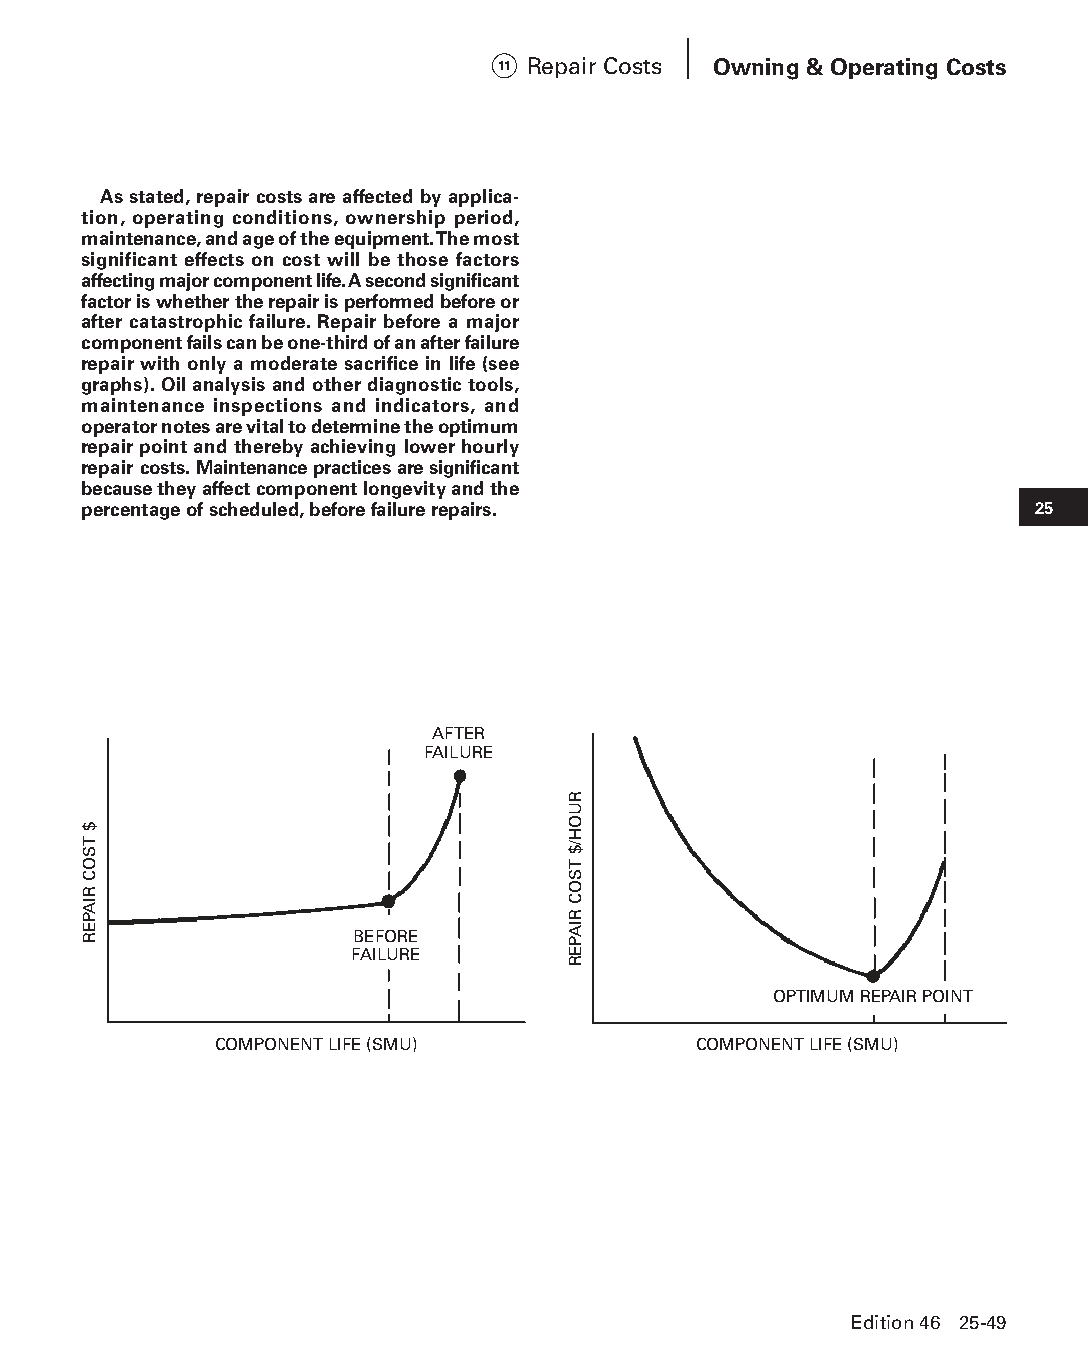
11 Repair Costs Owning & Operating Costs
 As stated, repair costs are affected by applica-
 tion, operating conditions, ownership period,
 maintenance, and age of the equipment. The most
 significant effects on cost will be those factors
 affecting major component life. A second significant
 factor is whether the repair is performed before or
 after catastrophic failure. Repair before a major
 component fails can be one-third of an after failure
 repair with only a moderate sacrifice in life (see
 graphs). Oil analysis and other diagnostic tools,
 maintenance inspections and indicators, and
 opera tor notes are vital to determine the optimum
 repair point and thereby achieving lower hourly
 repair costs. Maintenance practices are significant
 because they affect component longevity and the
 percentage of scheduled, before failure repairs.               25
 AFTER
 FAILURE
 BEFORE
 FAILURE
 OPTIMUM REPAIR POINT
 COMPONENT LIFE (SMU)           COMPONENT LIFE (SMU)
 Edition 46 25-49
 PPHHBB--SSeecc2255--1166..iinndddd 4499                        1122//44//1155 1111::1166 AAMM
 $
 TSOC
 RIAPER
 RUOH/$
 TSOC
 RIAPER